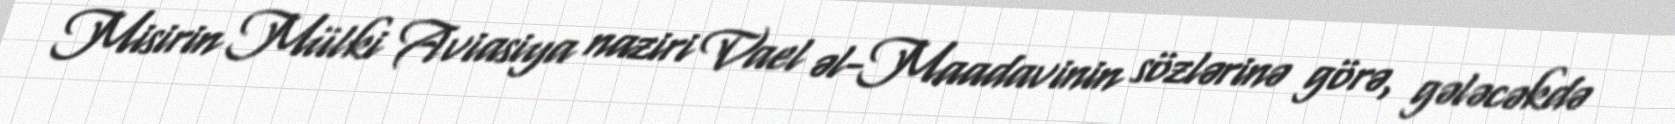
Misirin Mülki Aviasiya naziri Vael əl-Maadavinin sözlərinə görə, gələcəkdə